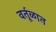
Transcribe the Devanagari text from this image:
वर्तूळात